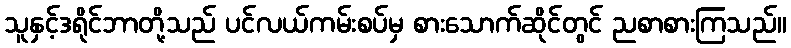
သူနှင့်ဒရိုင်ဘာတို့သည် ပင်လယ်ကမ်းစပ်မှ စားသောက်ဆိုင်တွင် ညစာစားကြသည်။